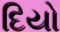
દિયો